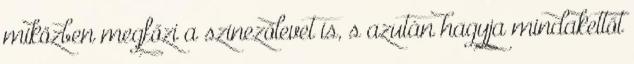
miközben megfőzi a szinezőlevet is, s azután hagyja mindakettőt